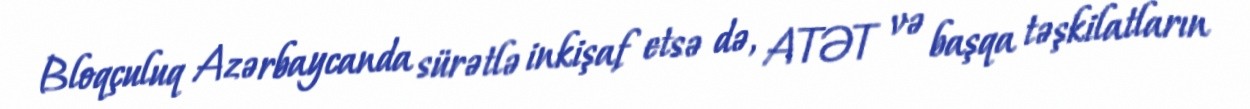
Bloqçuluq Azərbaycanda sürətlə inkişaf etsə də, ATƏT və başqa təşkilatların